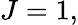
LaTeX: J=1,